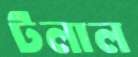
টলাল